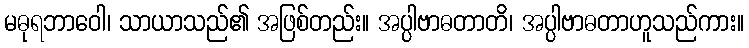
မဓုရဘာဝေါ၊ သာယာသည်၏ အဖြစ်တည်း။ အပ္ပါဗာဓတာတိ၊ အပ္ပါဗာဓတာဟူသည်ကား။